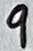
Text: 9